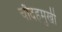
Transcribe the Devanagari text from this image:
चौदहमुखी